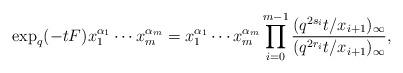
LaTeX: \begin{align*}\exp_{q}(-tF)x_{1}^{\alpha_{1}}\cdots x_{m}^{\alpha_{m}}=x_{1}^{\alpha_{1}}\cdots x_{m}^{\alpha_{m}}\prod_{i=0}^{m-1}\frac{(q^{2s_{i}}t/x_{i+1})_{\infty}}{(q^{2r_{i}}t/x_{i+1})_{\infty}},\end{align*}